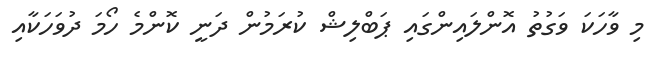
މި ވާހަކަ ވަގުތު އޮންލައިންގައި ޕަބްލިޝް ކުރަމުން ދަނީ ކޮންމެ ހޯމަ ދުވަހަކާއި